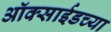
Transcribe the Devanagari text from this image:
ऑक्साईडच्या